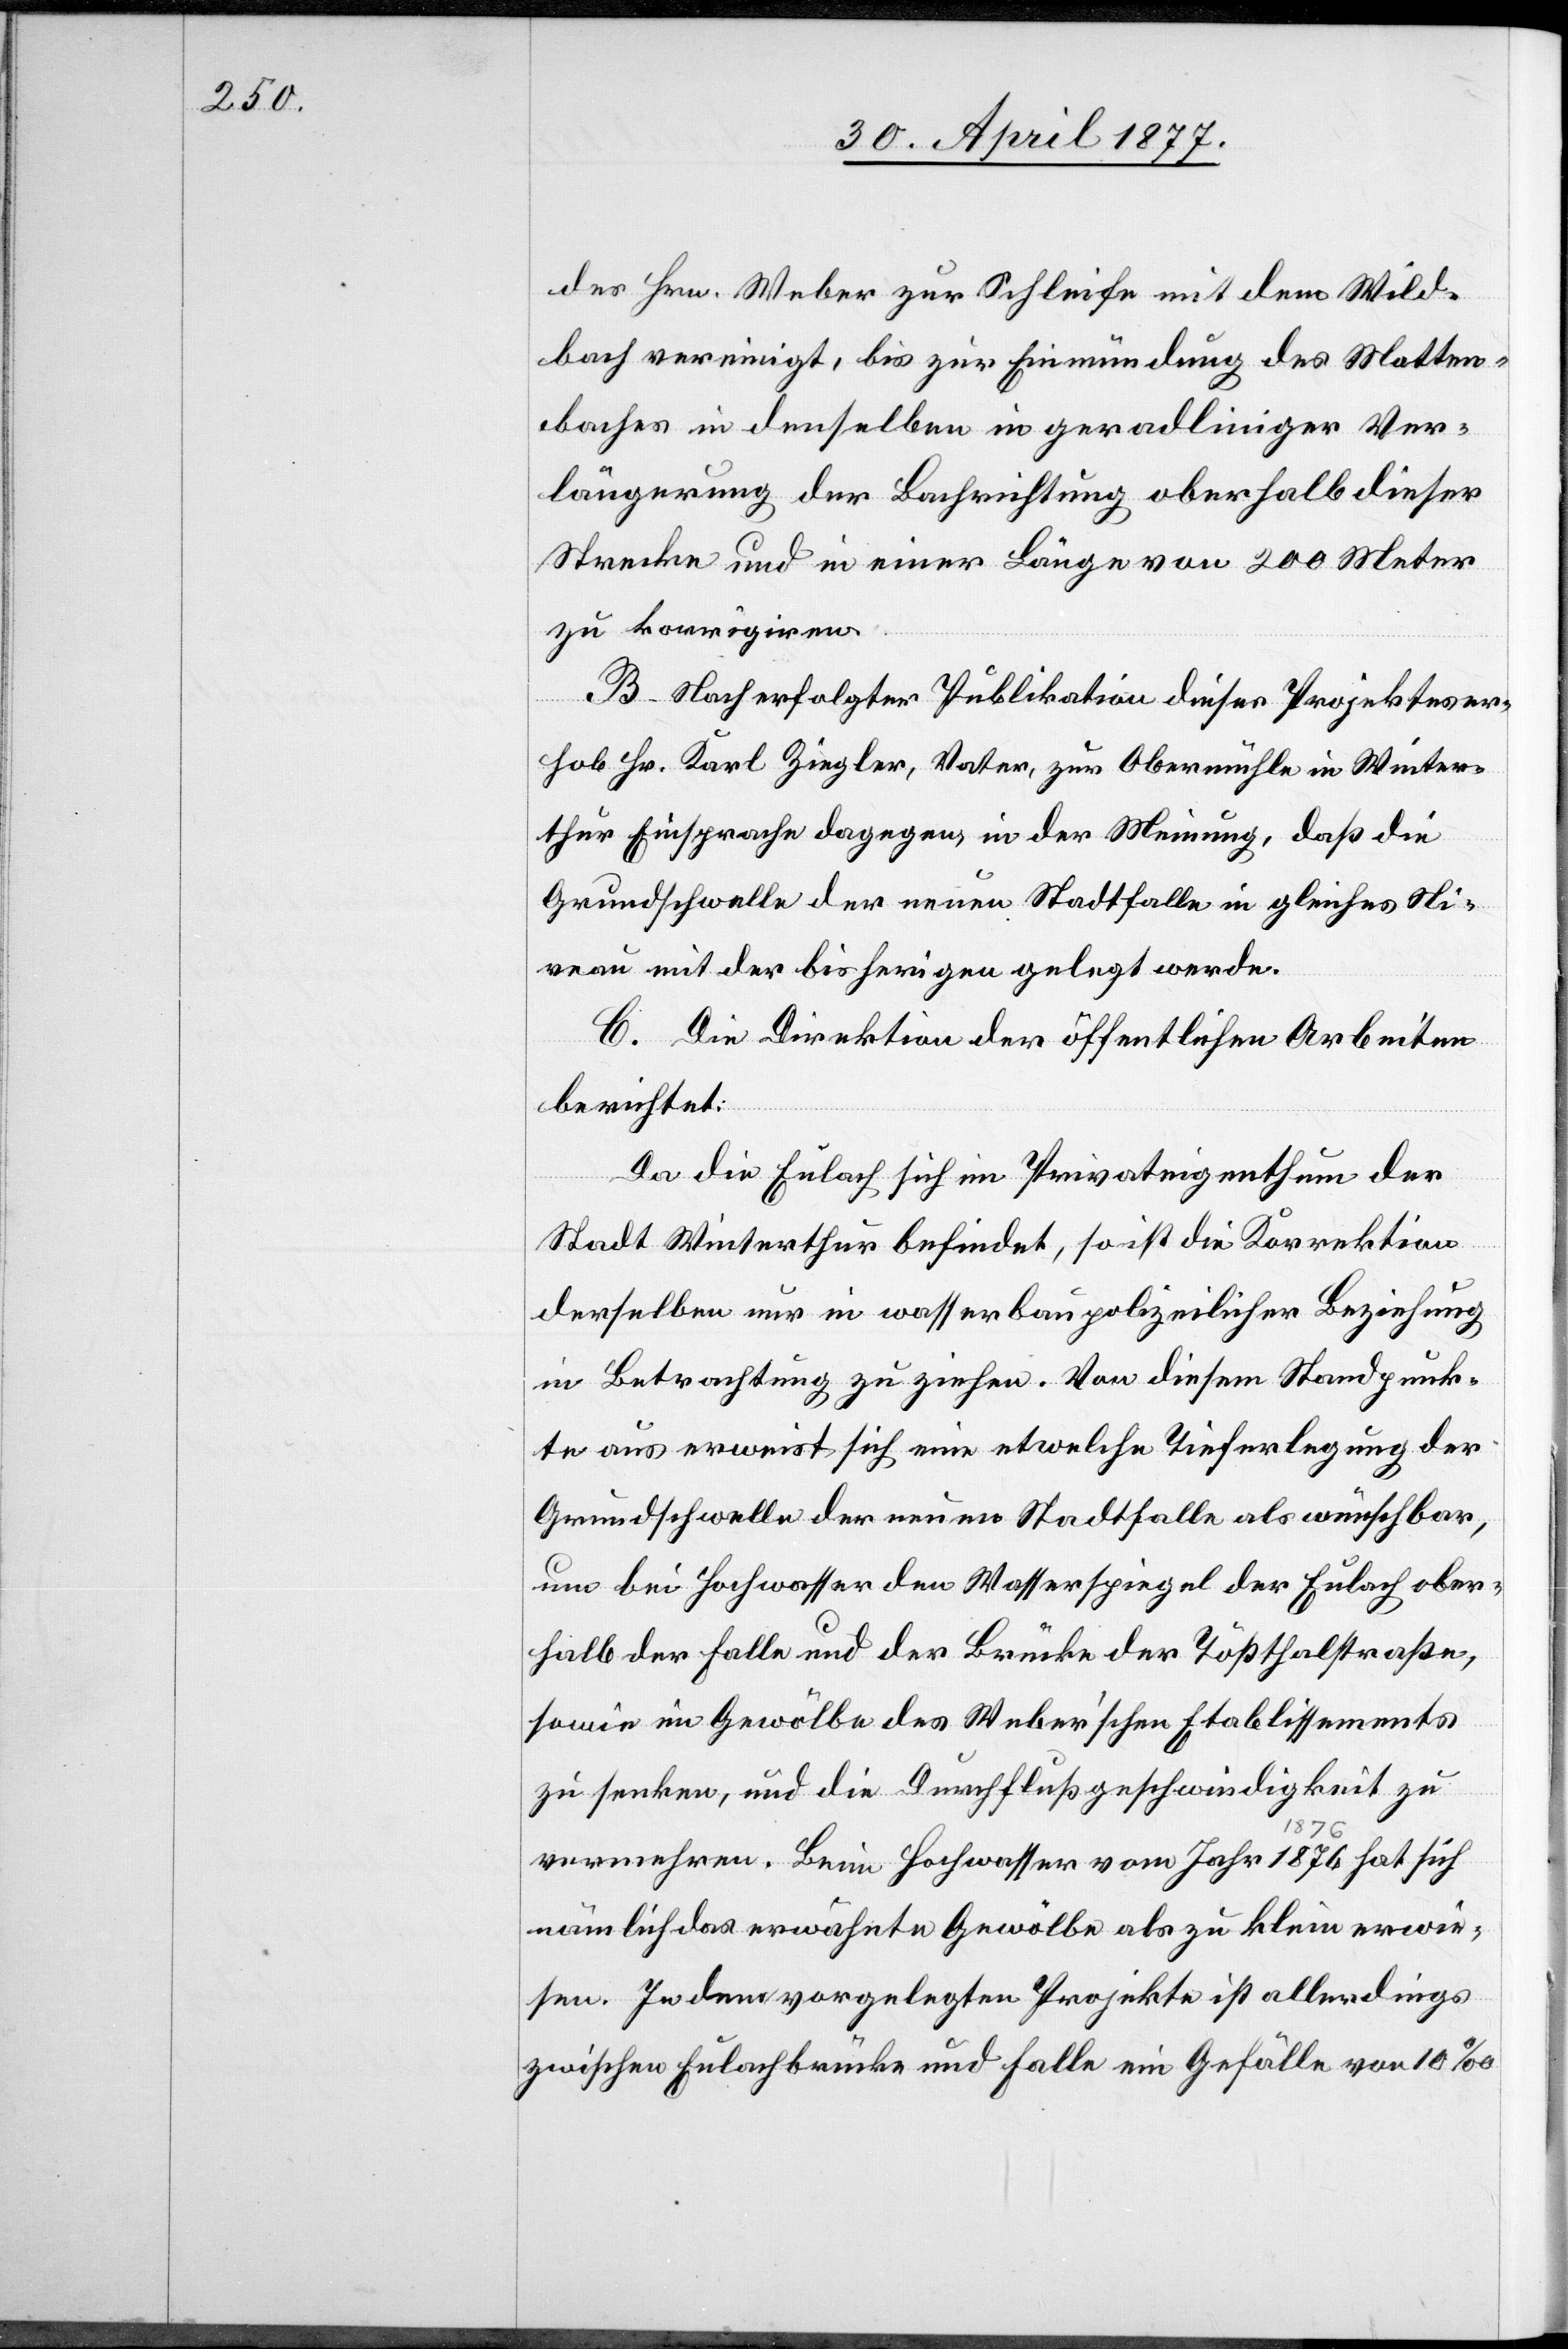
des Hrn. Weber zur Schleife mit dem Wild¬
bach vereinigt, bis zur Einmündung des Matten¬
baches in denselben in geradliniger Ver¬
längerung der Bachrichtung oberhalb dieser
Strecke und in einer Länge von 200 Meter
zu korrigiren.
B. Nach erfolgter Publikation dieses Projektes er¬
hob Hr. Karl Ziegler, Vater, zur Obermühle in Winter¬
thur Einsprache dagegen, in der Meinung, daß die
Grundschwelle der neuen Stadtfalle in gleiches Ni¬
veau mit der bisherigen gelegt werde.
C. Die Direktion der öffentlichen Arbeiten
berichtet:
Da die Eulach sich im Privateigenthum der
Stadt Winterthur befindet, so ist die Korrektion
derselben nur in wasserbaupolizeilicher Beziehung
in Betrachtung zu ziehen. Von diesem Stadtpunk¬
te aus erweist sich eine etwelche Tieferlegung der
Grundschwelle der neuen Stadtfalle als wünschbar,
um bei Hochwasser den Wasserspiegel der Eulach ober¬
halb der Falle und der Brücke der Tößthalstraße,
sowie im Gewölbe des Weber’schen Etablissements
zu senken, und die Durchflußgeschwindigkeit zu
vermehren. Beim Hochwasser vom Jahr 1876 hat sich
nämlich das erwähnte Gewölbe als zu klein erwie¬
sen. In dem vorgelegten Projekte ist allerdings
zwischen Eulachbrücke und Falle ein Gefälle von 10‰